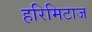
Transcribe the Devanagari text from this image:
हरिमिटाज